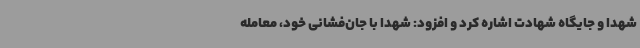
شهدا و جایگاه شهادت اشاره کرد و افزود: شهدا با جان‌فشانی خود، معامله